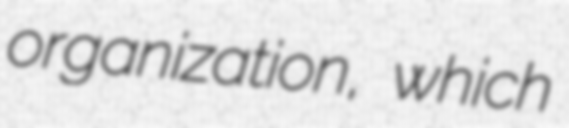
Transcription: organization, which